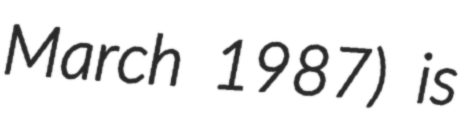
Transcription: March 1987) is